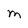
Character: M